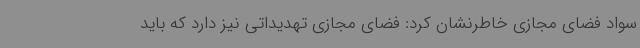
سواد فضای مجازی خاطرنشان کرد: فضای مجازی تهدیداتی نیز دارد که باید